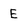
Character: E